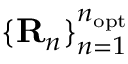
\{ { \bf R } _ { n } \} _ { n = 1 } ^ { n _ { \mathrm { o p t } } }